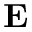
{ \bf E }